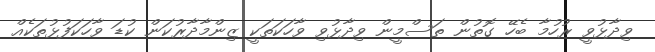
ވިދާޅުވީ ރުހުމާ ބެހޭ ގޮތުން ތަސްމީން ވިދާޅުވި ވާހަކަތަކީ ޒިންމާދާރުކަން ކުޑަ ވާހަކަފުޅުތަކެއް